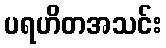
ပရဟိတအသင်း